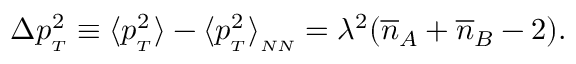
\Delta p _ { { } _ { T } } ^ { 2 } \equiv \langle p _ { { } _ { T } } ^ { 2 } \rangle - \langle p _ { { } _ { T } } ^ { 2 } \rangle _ { { } _ { N N } } = \lambda ^ { 2 } ( { \overline { { n } } } _ { A } + { \overline { { n } } } _ { B } - 2 ) .